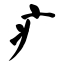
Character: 疒